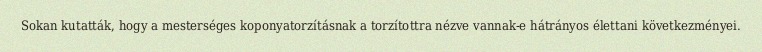
Sokan kutatták, hogy a mesterséges koponyatorzításnak a torzítottra nézve vannak-e hátrányos élettani következményei.